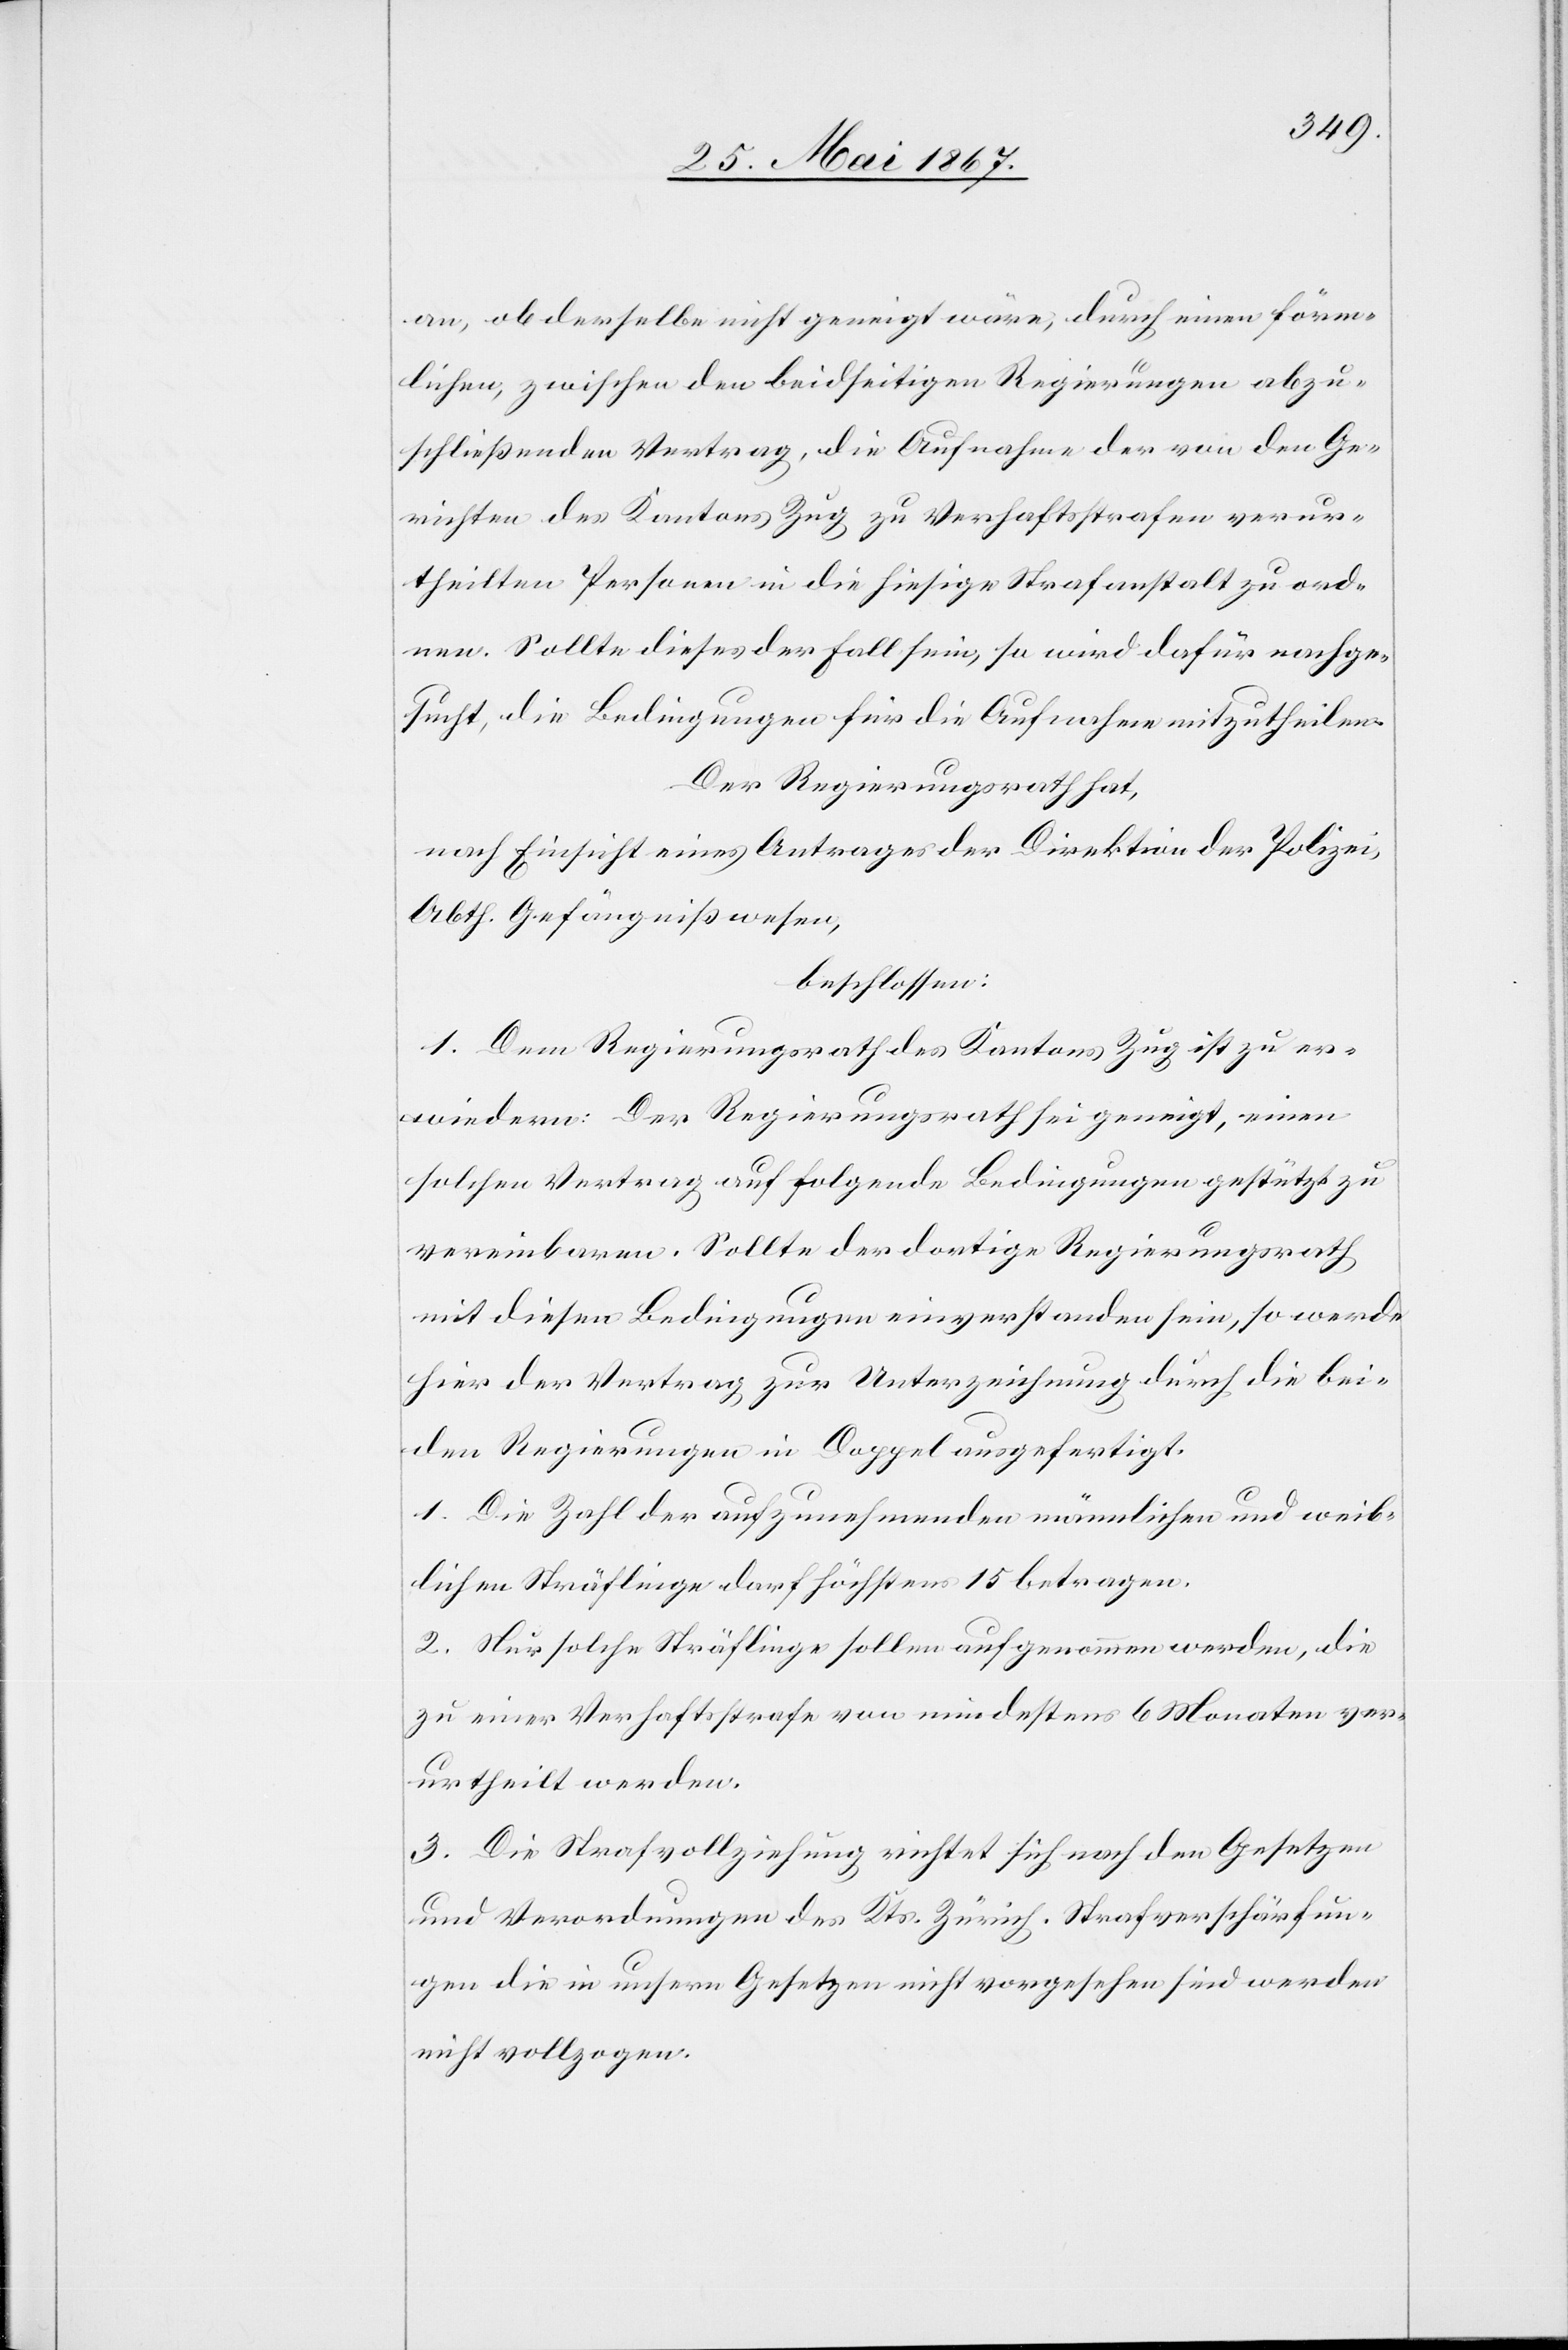
an, ob derselbe nicht geneigt wäre, durch einen förm¬
lichen, zwischen den beidseitigen Regierungen abzu¬
schließenden Vertrag, die Aufnahme der von den Ge¬
richten des Kantons Zug zu Verhaftsstrafen verur¬
theilten Personen in die hiesige Strafanstalt zu ord¬
nen. Sollte dieses der Fall sein, so wird dafür nachge¬
sucht, die Bedingungen für die Aufnahme mitzutheilen.
Der Regierungsrath hat,
nach Einsicht eines Antrages der Direktion der Polizei,
Abth. Gefängnißwesen,
beschlossen:
1. Dem Regierungsrath des Kantons Zug ist zu er¬
wiedern: Der Regierungsrath sei geneigt, einen
solchen Vertrag auf folgende Bedingungen gestützt zu
vereinbaren. Sollte der dortige Regierungsrath
mit diesen Bedingungen einverstanden sein, so werde
hier der Vertrag zur Unterzeichnung durch die bei¬
den Regierungen im Doppel ausgefertigt.
1. Die Zahl der aufzunehmenden männlichen und weib¬
lichen Sträflinge darf höchstens 15 betragen.
2. Nur solche Sträflinge sollen aufgenommen werden, die
zu einer Verhaftstrafe von mindestens 6 Monaten ver¬
urtheilt werden.
3. Die Strafvollziehung richtet sich nach den Gesetzen
und Verordnungen des Kts. Zürich. Strafverschärfun¬
gen die in unsern Gesetzen nicht vorgesehen sind werden
nicht vollzogen.